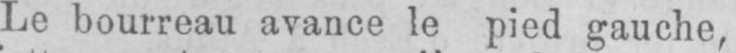
Le bourreau avance le pied gauche,